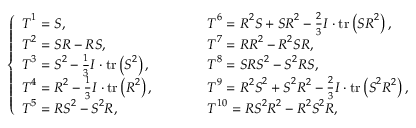
\left\{ \begin{array} { l r l } { \boldsymbol { T } ^ { 1 } = \boldsymbol { S } , } & & { \boldsymbol { T } ^ { 6 } = \boldsymbol { R } ^ { 2 } \boldsymbol { S } + \boldsymbol { S R } ^ { 2 } - \frac { 2 } { 3 } \boldsymbol { I } \cdot \operatorname { t r } \left( \boldsymbol { S } \boldsymbol { R } ^ { 2 } \right) , } \\ { \boldsymbol { T } ^ { 2 } = \boldsymbol { S } \boldsymbol { R } - \boldsymbol { R } \boldsymbol { S } , } & & { \boldsymbol { T } ^ { 7 } = \boldsymbol { R } \boldsymbol { R } ^ { 2 } - \boldsymbol { R } ^ { 2 } \boldsymbol { S } \boldsymbol { R } , } \\ { \boldsymbol { T } ^ { 3 } = \boldsymbol { S } ^ { 2 } - \frac { 1 } { 3 } \boldsymbol { I } \cdot \operatorname { t r } \left( \boldsymbol { S } ^ { 2 } \right) , } & & { \boldsymbol { T } ^ { 8 } = \boldsymbol { S } \boldsymbol { R } \boldsymbol { S } ^ { 2 } - \boldsymbol { S } ^ { 2 } \boldsymbol { R S } , } \\ { \boldsymbol { T } ^ { 4 } = \boldsymbol { R } ^ { 2 } - \frac { 1 } { 3 } \boldsymbol { I } \cdot \operatorname { t r } \left( \boldsymbol { R } ^ { 2 } \right) , \qquad } & & { \boldsymbol { T } ^ { 9 } = \boldsymbol { R } ^ { 2 } \boldsymbol { S } ^ { 2 } + \boldsymbol { S } ^ { 2 } \boldsymbol { R } ^ { 2 } - \frac { 2 } { 3 } \boldsymbol { I } \cdot \operatorname { t r } \left( \boldsymbol { S } ^ { 2 } \boldsymbol { R } ^ { 2 } \right) , } \\ { \boldsymbol { T } ^ { 5 } = \boldsymbol { R } \boldsymbol { S } ^ { 2 } - \boldsymbol { S } ^ { 2 } \boldsymbol { R } , } & & { \boldsymbol { T } ^ { 1 0 } = \boldsymbol { R S } ^ { 2 } \boldsymbol { R } ^ { 2 } - \boldsymbol { R } ^ { 2 } \boldsymbol { S } ^ { 2 } \boldsymbol { R } , } \end{array} \right.